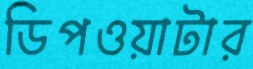
ডিপওয়াটার